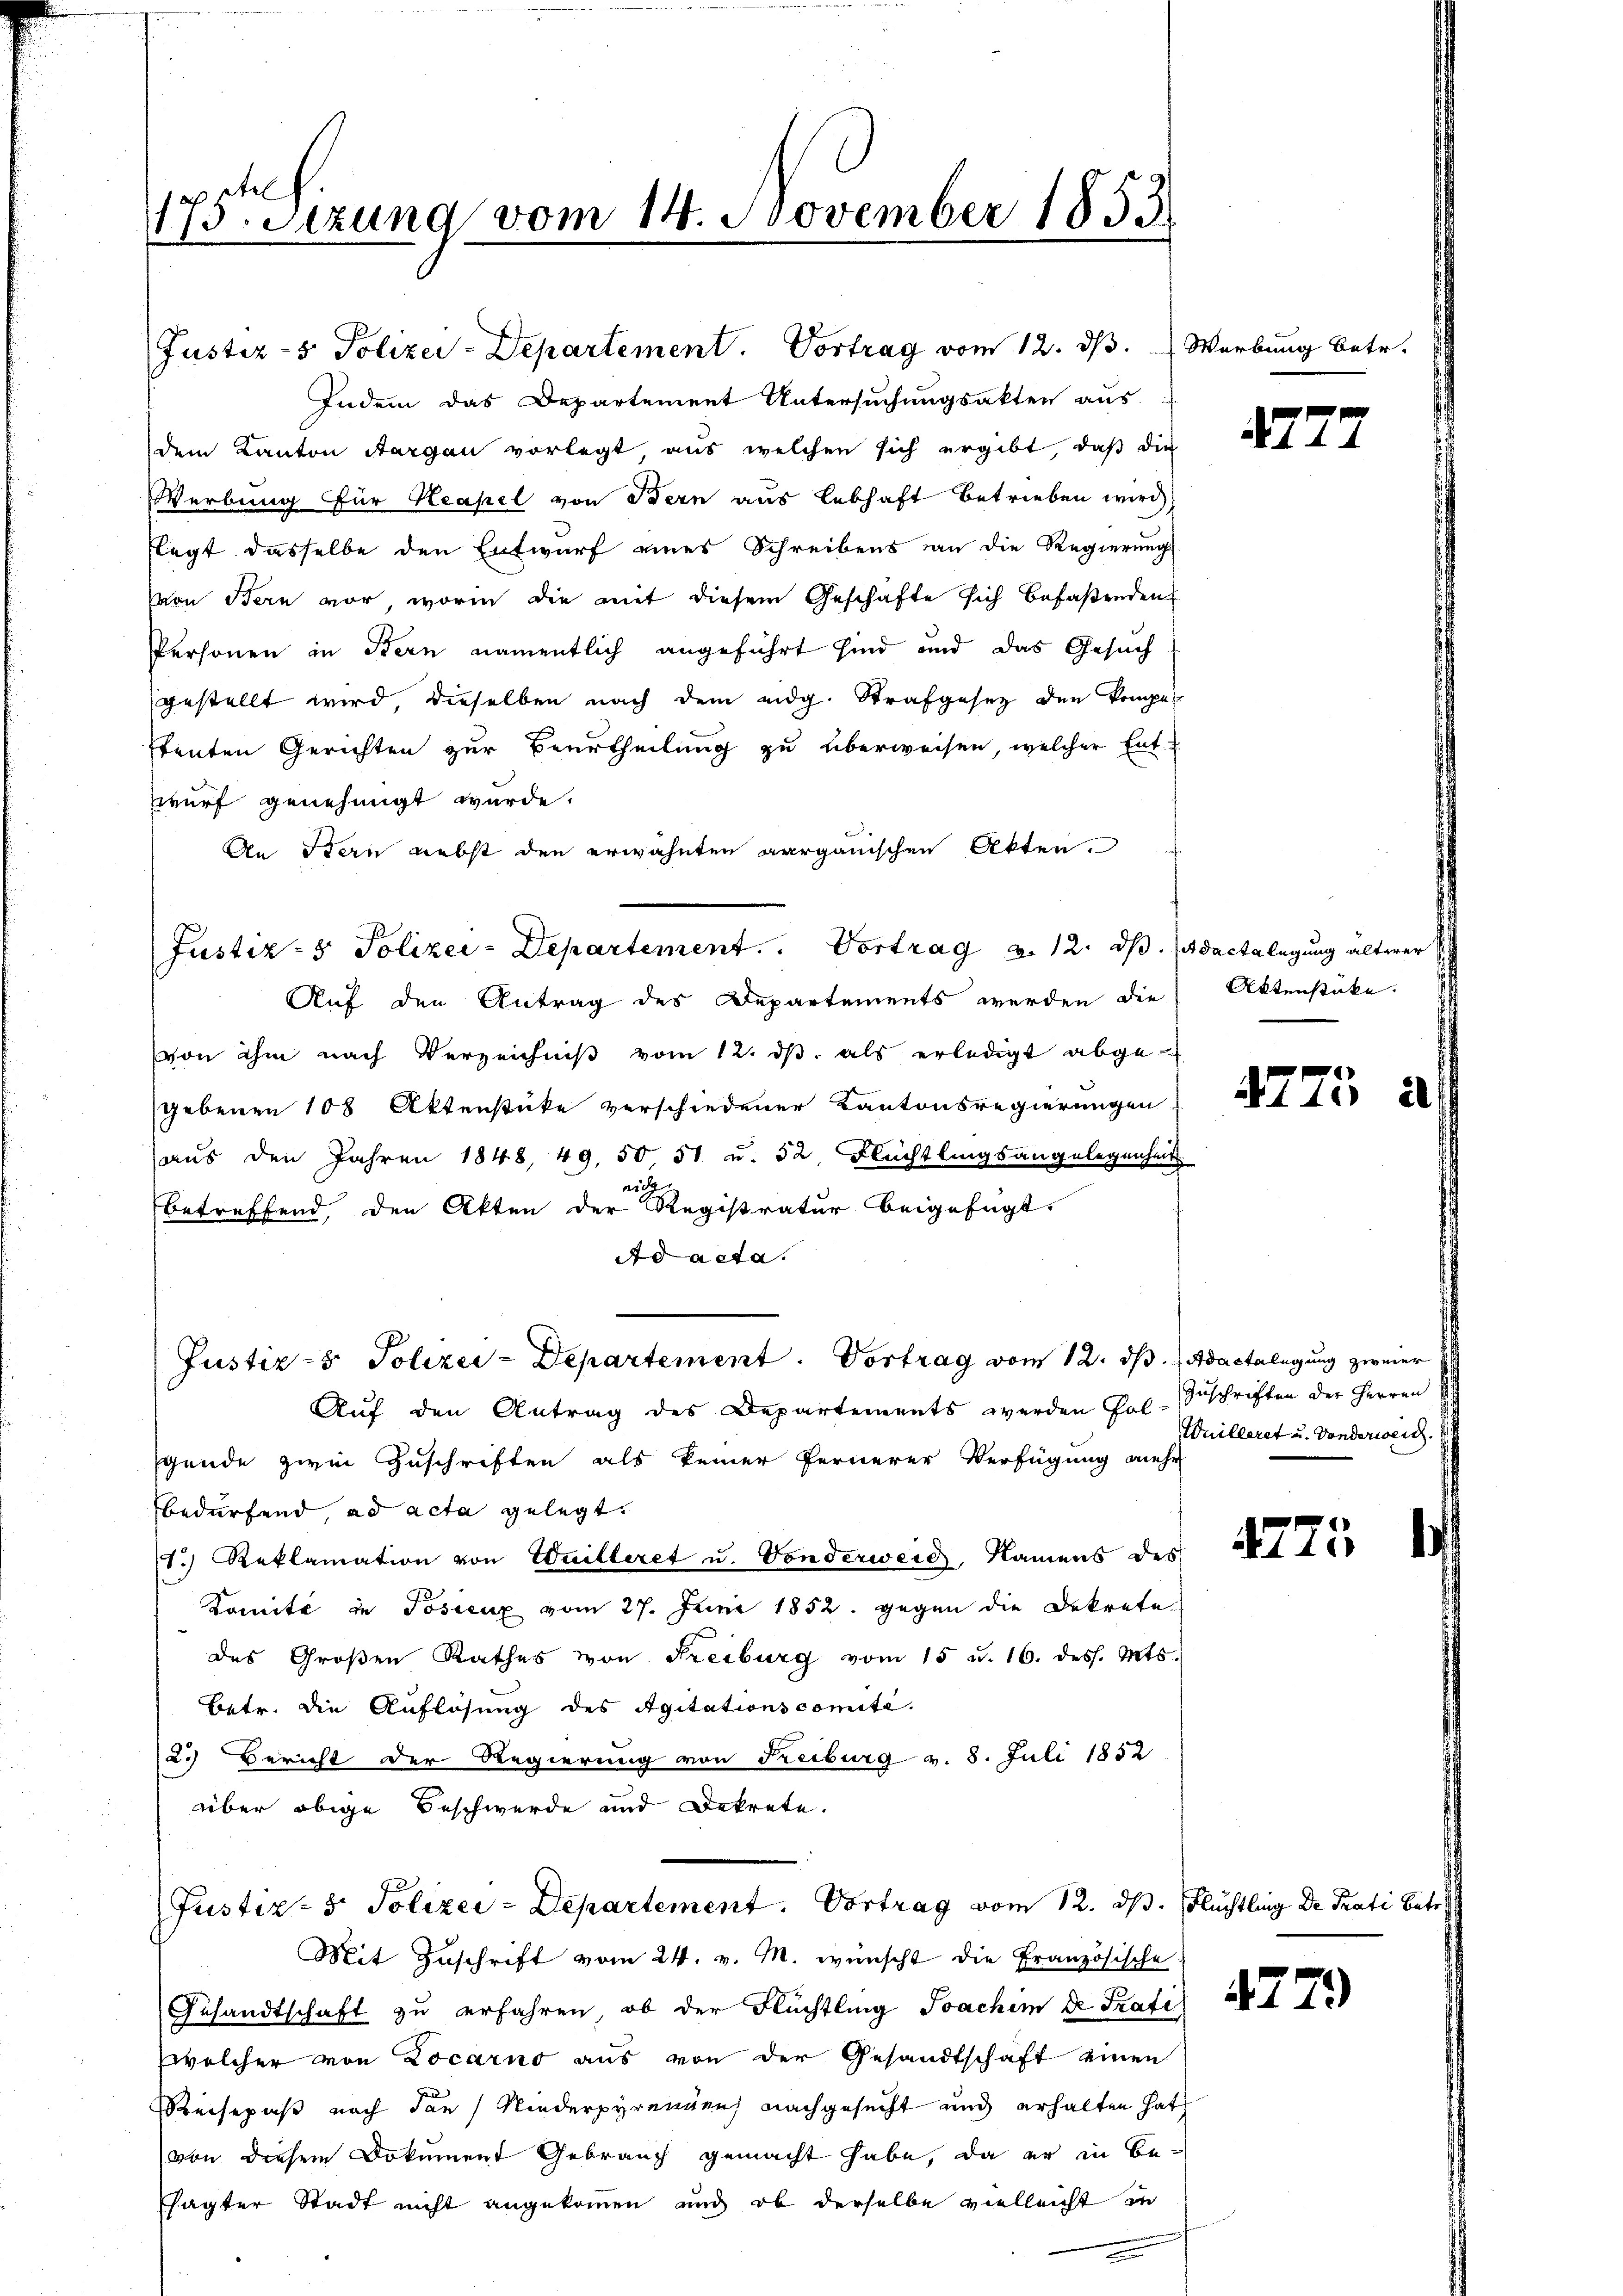
apitel
115. Sezung vom 14. November 1853.

wurf genehmigt wurde.
An Stern nebst den erwähnten aarganischen Akten.
Auf den Antrag des Departements werden die
von ihm nach Verzeichniβ vom 12. dβ. als erledigt abge-
gebenen 108 Aktenstücke verschiedener Kantonsregierungen
aus den Jahren 1848, 49. 50, 51 u. 52 Flüchtlingsangelegenheit
nic
betreffend, den Akten der Registratur beigefügt,
Ad acta.
Justiz- & Polizei-Departement. Vortrag vom 12. ds Adactalegung zweier
Auf den Antrag des Departements werden Fol-
gende zwei Zuschriften als keiner fernerer Verfügung mehr
bedürfend, ad acta gelegt.
1.) Reklamation von Enilleret u. Vonderweig Namens des
Komité in Posienz vom 27. Juni 1852. gegen die Dekrete
des Großen Rathes von Freiburg vom 15 u. 16. dess. Mts.
betr. die Auflösung des Agitationscomité.
2.) Bericht der Regierung von Freiburg v. 8. Juli 1852
über obige Beschwerde und Dekrete.

Indem das Departement Untersuchungsakten aus.
dem Kanton Aargau vorlegt, aus welchen sich ergibt, daß die
Werbung für Kapel von Bern aus Lebhaft betrieben wird
flegt dasselbe den Entwurf eines Schreibens an die Regierungs
Von Bern vor, worin die mit diesem Geschäfte sich befaßenden
Personen in Bern namentlich angeführt sind und das Gesuch
gestellt wird, dieselben nach dem eidg. Strafgesetz den kompestenten Gerichten zur Beurtheilung zu überweisen, welcher Ent¬

Justiz- & Polizei-Departement.                Portrag u. 12. ds. ad acta legung älterer

Justiz- & Polizei-Departement. Vortrag vom 12. ds. Werbung betr.

Justiz- & Polizei-Departement. Vortrag vom 12. ds. Flüchtling De Prati betr

Mit Zuschrift vom 24. v. M. wünscht die Französische
Gesandtschaft zu erfahren, ob der Flüchtling Joachim ue Trafi
welcher von Locarno aus von der Gesandtschaft einen
Reisepaß nach den Niederpyrennenz nachgesucht und erhalten hat
von diesem Dokument Gebrauch gemacht habe, da er in Besagter Stadt nicht angekommen und ob derselbe vielleicht in

472.

Aktenstüke.

4775

Zuschriften der Herren
Wuilleret u. Sonderweid.

75

477